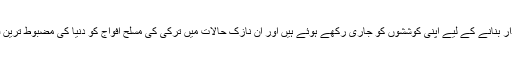
انہوں نے مزید کہا کہ وہ دنیا میں اور ترکی میں امن اور رفاہ کو پائدار بنانے کے لیے اپنی کوششوں کو جاری رکھے ہوئے ہیں اور ان نازک حالات میں ترکی کی مسلح افواج کو دنیا کی مضبوط ترین فوج بنانے کی کوششوں کو پورے عزم کے ساگھ جاری رکھیں گے۔